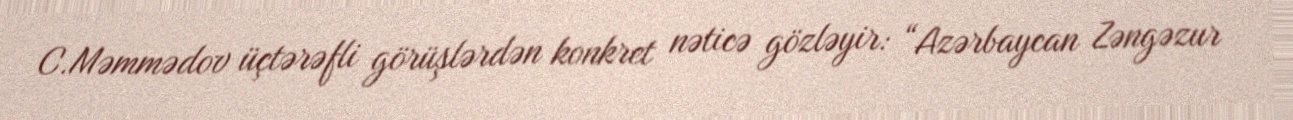
C.Məmmədov üçtərəfli görüşlərdən konkret nəticə gözləyir: “Azərbaycan Zəngəzur